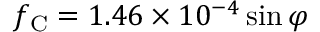
f _ { \mathrm { C } } = 1 . 4 6 \times 1 0 ^ { - 4 } \sin \varphi